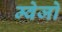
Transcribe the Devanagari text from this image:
म्वेजो